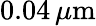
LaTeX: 0.04\, \mu\mathrm{m}